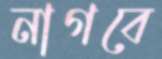
নাগবে